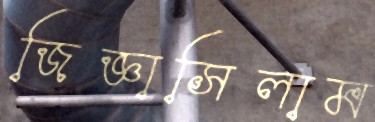
জিজ্ঞাসিলাম